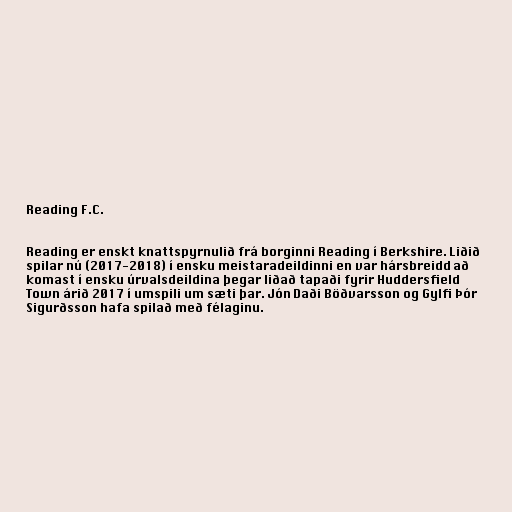
Reading F.C.

Reading er enskt knattspyrnulið frá borginni Reading í Berkshire. Liðið
spilar nú (2017-2018) í ensku meistaradeildinni en var hársbreidd að
komast í ensku úrvalsdeildina þegar liðað tapaði fyrir Huddersfield
Town árið 2017 í umspili um sæti þar. Jón Daði Böðvarsson og Gylfi Þór
Sigurðsson hafa spilað með félaginu.